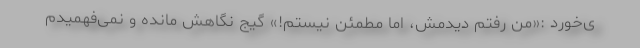
ی‌خورد :«من رفتم دیدمش، اما مطمئن نیستم!» گیج نگاهش مانده و نمی‌فهمیدم